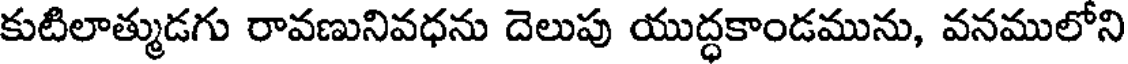
కుటిలాత్ముడగు రావణునివధను దెలుపు యుద్ధకాండమును, వనములోని